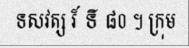
ទសវត្ស រ៏ ទី ៨០ ។ ក្រុម